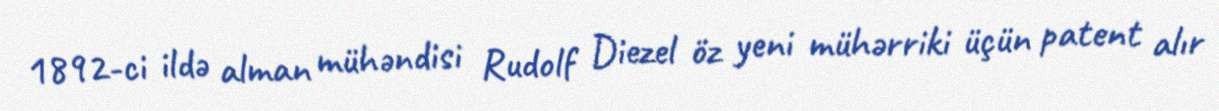
1892-ci ildə alman mühəndisi Rudolf Diezel öz yeni mühərriki üçün patent alır